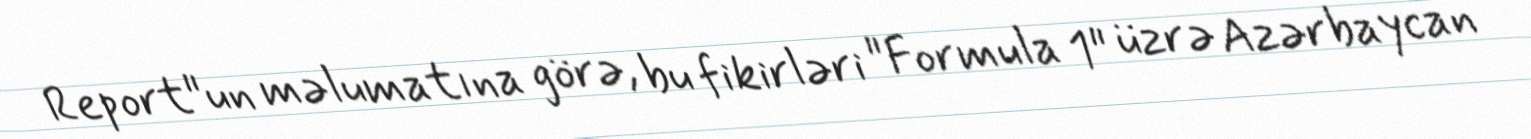
Report"un məlumatına görə, bu fikirləri "Formula 1" üzrə Azərbaycan